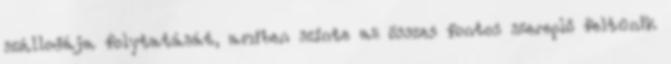
szállodája folytatását, amiben szinte az összes fontos szereplő feltűnik